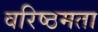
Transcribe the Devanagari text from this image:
वरिष्ठमता